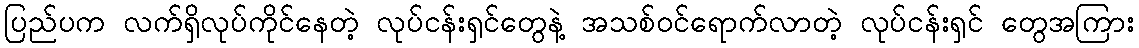
ပြည်ပက လက်ရှိလုပ်ကိုင်နေတဲ့ လုပ်ငန်းရှင်တွေနဲ့ အသစ်ဝင်ရောက်လာတဲ့ လုပ်ငန်းရှင် တွေအကြား